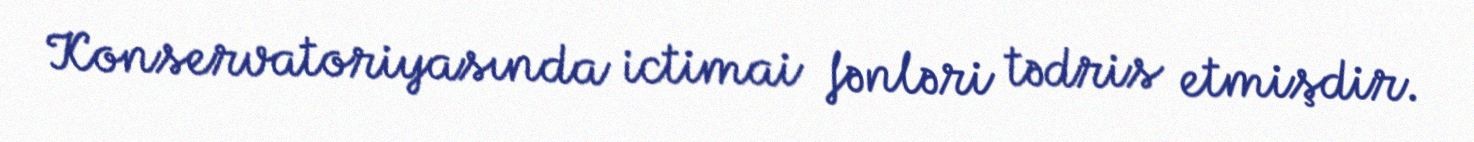
Konservatoriyasında ictimai fənləri tədris etmişdir.